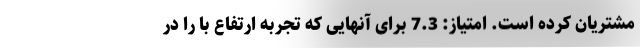
مشتریان کرده است. امتیاز: 7.3 برای آنهایی که تجربه ارتفاع با را در